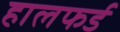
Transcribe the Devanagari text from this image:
हालफर्ड